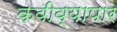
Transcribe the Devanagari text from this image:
कवीव्यापार